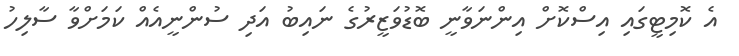
އެ ކޮމިޓީގައި އިސްކޮށް އިންނަވާނީ ބޮޑުވަޒީރުގެ ނައިބު އަދި ސުންނީއެއް ކަމަށްވާ ސާލިހު